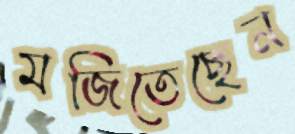
মজিতেছেন